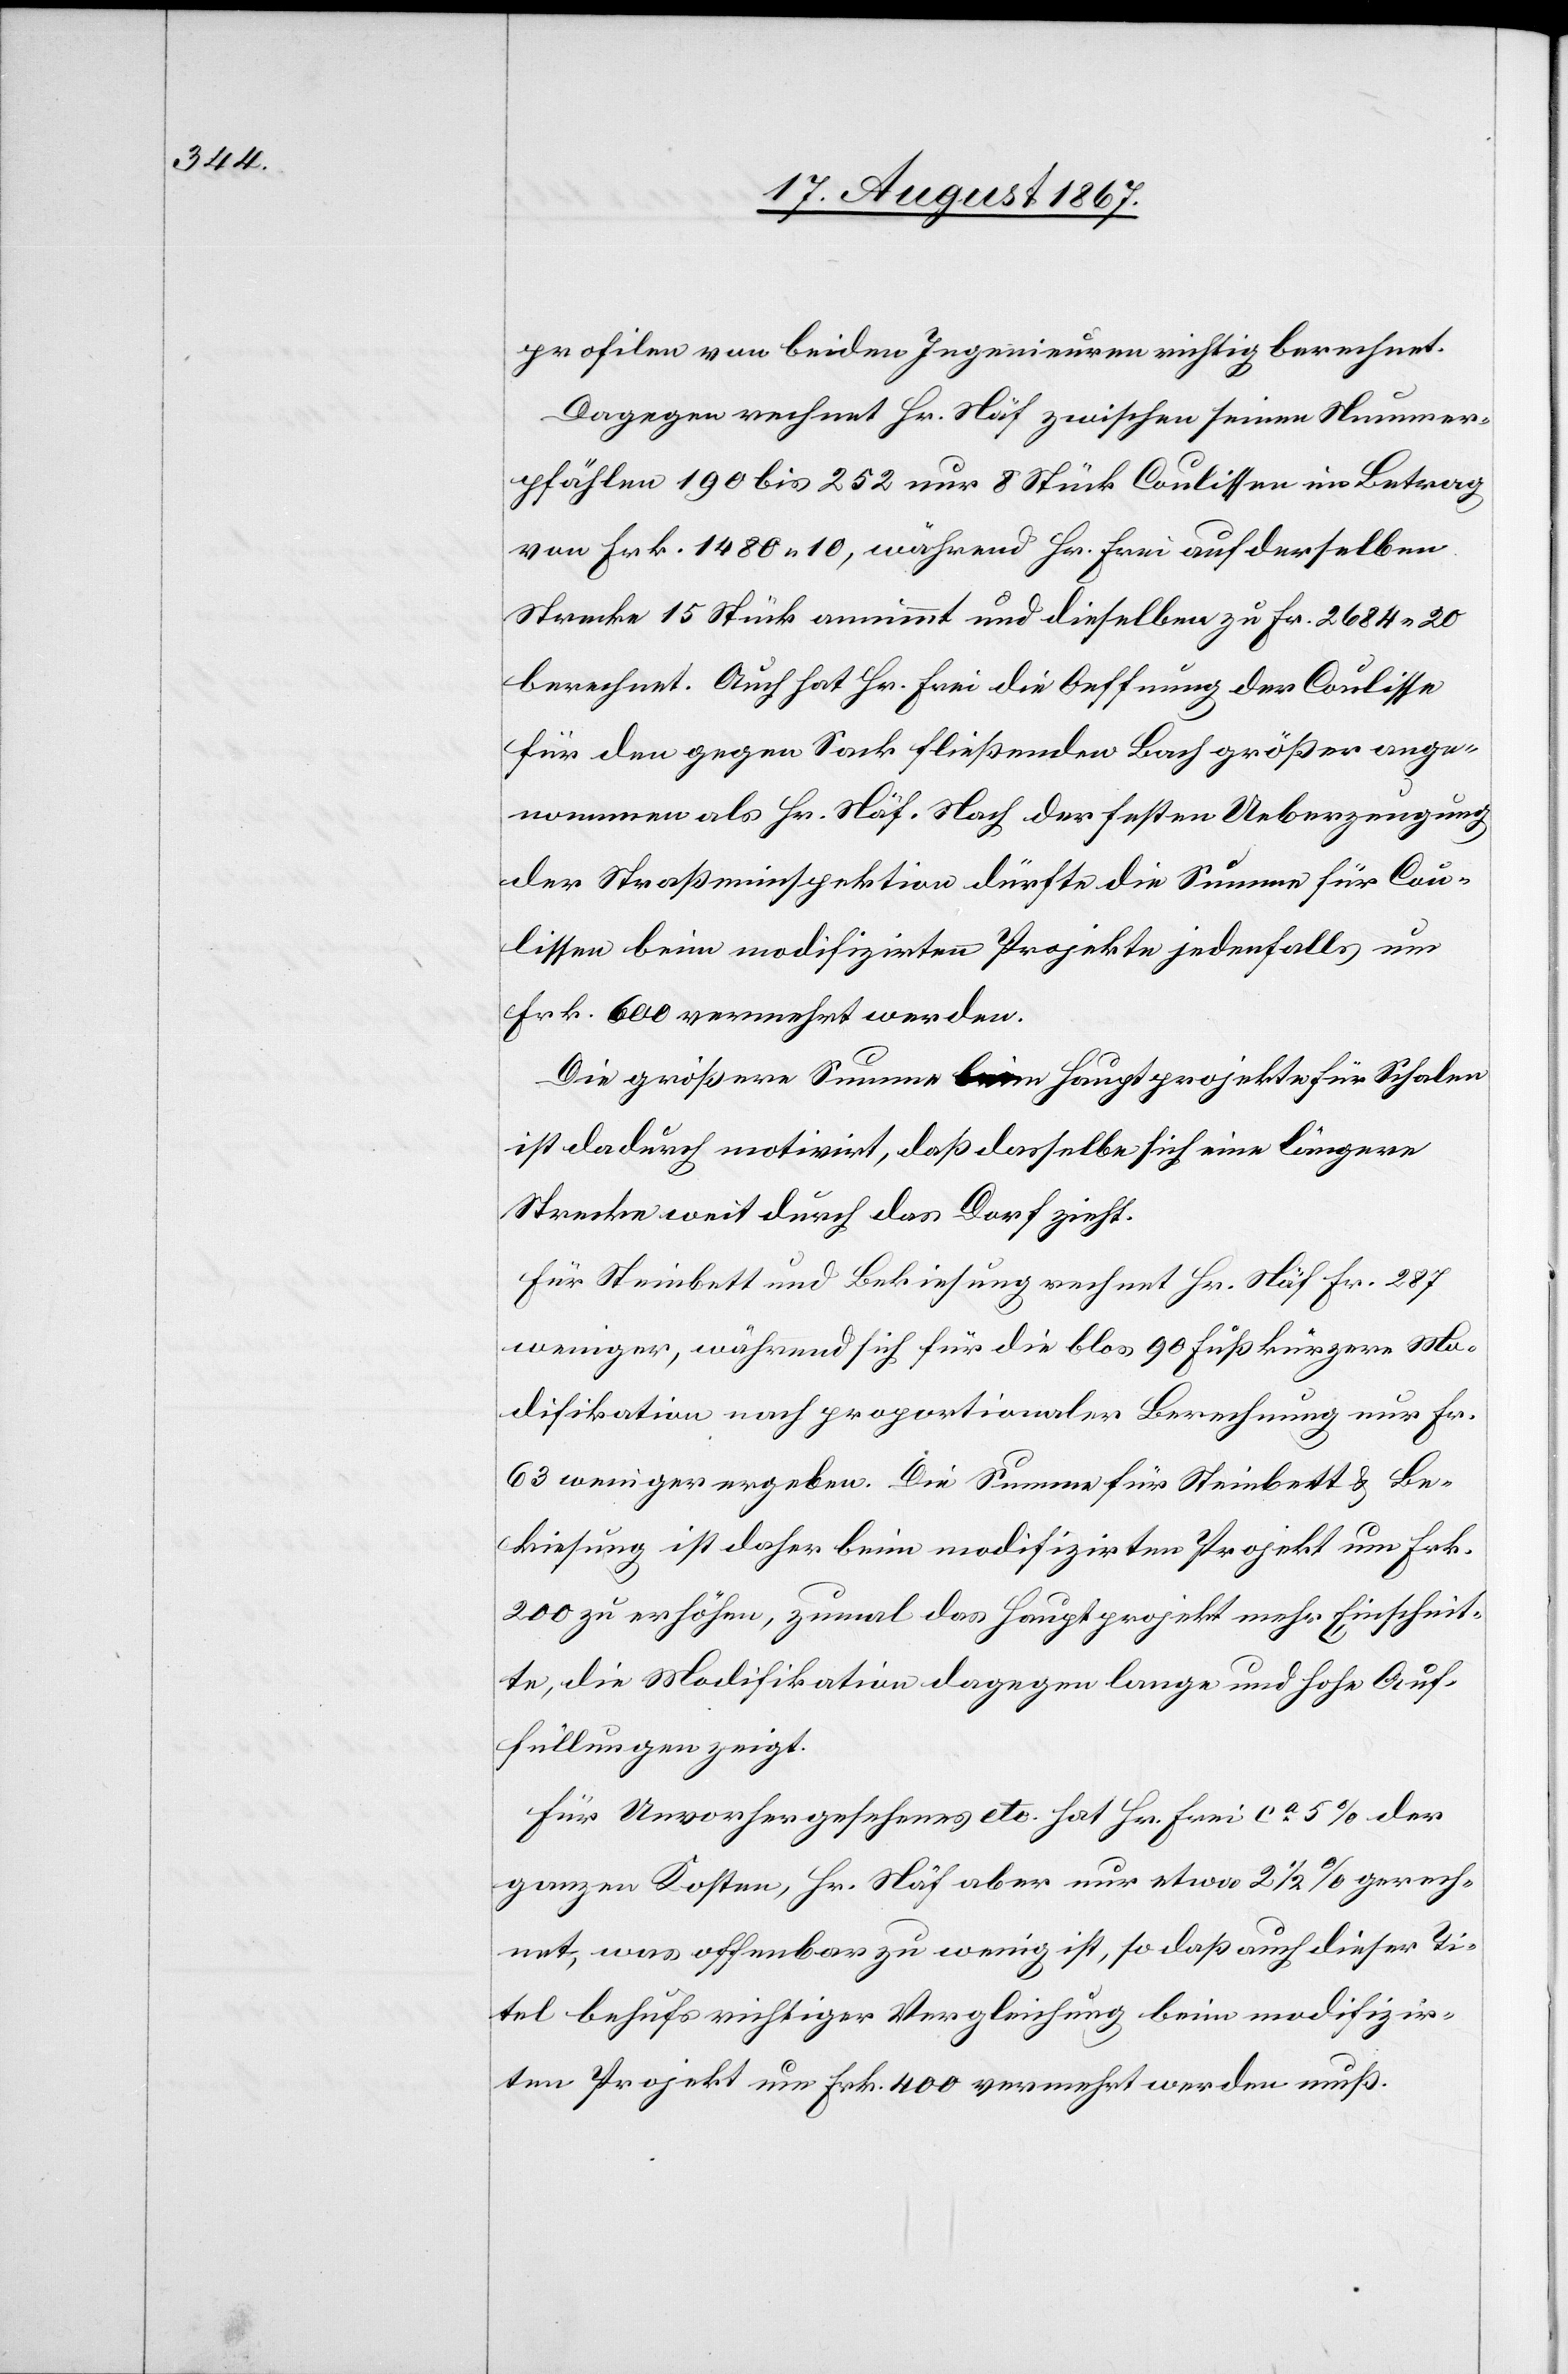
profilen von beiden Ingenieuren richtig berechnet.
Dagegen rechnet Hr. Näf zwischen seinen Nummer¬
pfählen 190 bis 252 nur 8 Stück Coulissen im Betrag
von Frk. 1480.10, während Hr. Frei auf derselben
Strecke 15 Stück annimmt und dieselben zu Fr. 2684.20
berechnet. Auch hat Hr. Frei die Oeffnung der Coulisse
für den gegen Sack fließenden Bach größer ange¬
nommen als Hr. Näf. Nach der festen Ueberzeugung
der Straßeninspektion dürfte die Summe für Cou¬
lissen beim modifizirten Projekte jedenfalls um
Frk. 600 vermehrt werden.
Die größere Summe beim Hauptprojekt für Schalen
ist dadurch motivirt, daß dasselbe sich eine längere
Strecke weit durch das Dorf zieht.
Für Steinbett und Bekiesung rechnet Hr. Näf Fr. 287
weniger, während sich für die blos 90 Fuß kürzere Mo¬
difikation nach proportionaler Berechnung nur Fr.
63 weniger ergeben. Die Summe für Steinbett u. Be¬
kiesung ist daher beim modifizirten Projekt um Frk.
200 zu erhöhen, zumal das Hauptprojekt mehr Einschnit¬
te, die Modifikation dagegen lange und hohe Auf¬
füllungen zeigt.
Für Unvorhergesehenes etc. hat Hr. Frei ca. 5% der
ganzen Kosten, Hr. Näf aber nur etwa 2 1/2% gerech¬
net, was offenbar zu wenig ist, so daß auch dieser Ti¬
tel behufs richtiger Vergleichung beim modifizir¬
ten Projekt um Frk. 400 vermehrt werden muß.